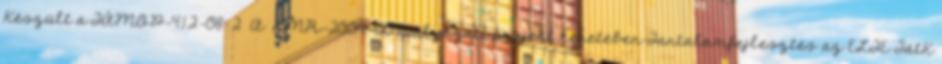
Készült a TÁMOP-4.1.2-08 2 A KMR-2009-0041pályázati projekt keretében Tartalomfejlesztés az ELTE TátK